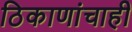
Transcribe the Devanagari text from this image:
ठिकाणांचाही